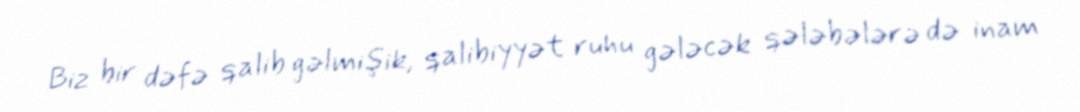
Biz bir dəfə qalib gəlmişik, qalibiyyət ruhu gələcək qələbələrə də inam